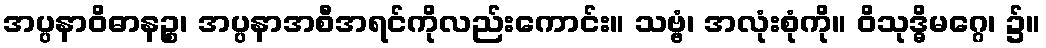
အပ္ပနာဝိဓာနဉ္စ၊ အပ္ပနာအစီအရင်ကိုလည်းကောင်း။ သဗ္ဗံ၊ အလုံးစုံကို။ ဝိသုဒ္ဓိမဂ္ဂေ၊ ၌။